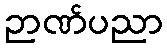
ဉာဏ်ပညာ